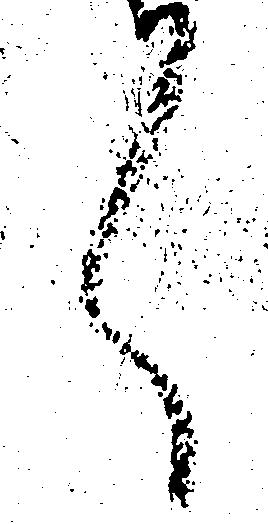
々